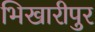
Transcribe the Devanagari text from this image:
भिखारीपुर